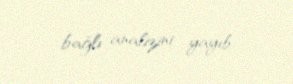
bağlı analizini yayıb.